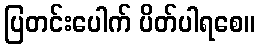
ပြတင်းပေါက် ပိတ်ပါရစေ။